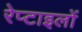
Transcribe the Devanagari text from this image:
रेप्टाइलों